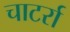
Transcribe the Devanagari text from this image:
चाटर्रा